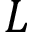
L